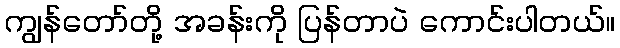
ကျွန်တော်တို့ အခန်းကို ပြန်တာပဲ ကောင်းပါတယ်။